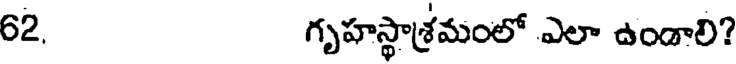
62. గృహస్థాశ్రమంలో ఎలా ఉండాలి?